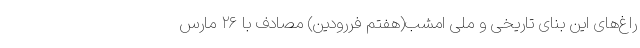
راغ‌های این بنای تاریخی و ملی امشب(هفتم فررودین) مصادف با ۲۶ مارس